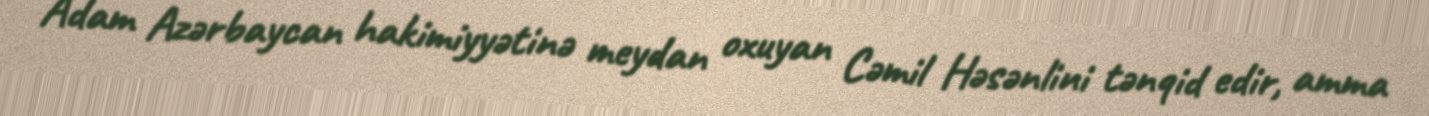
Adam Azərbaycan hakimiyyətinə meydan oxuyan Cəmil Həsənlini tənqid edir, amma